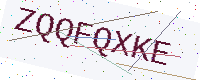
Text: ZQQFQXKE